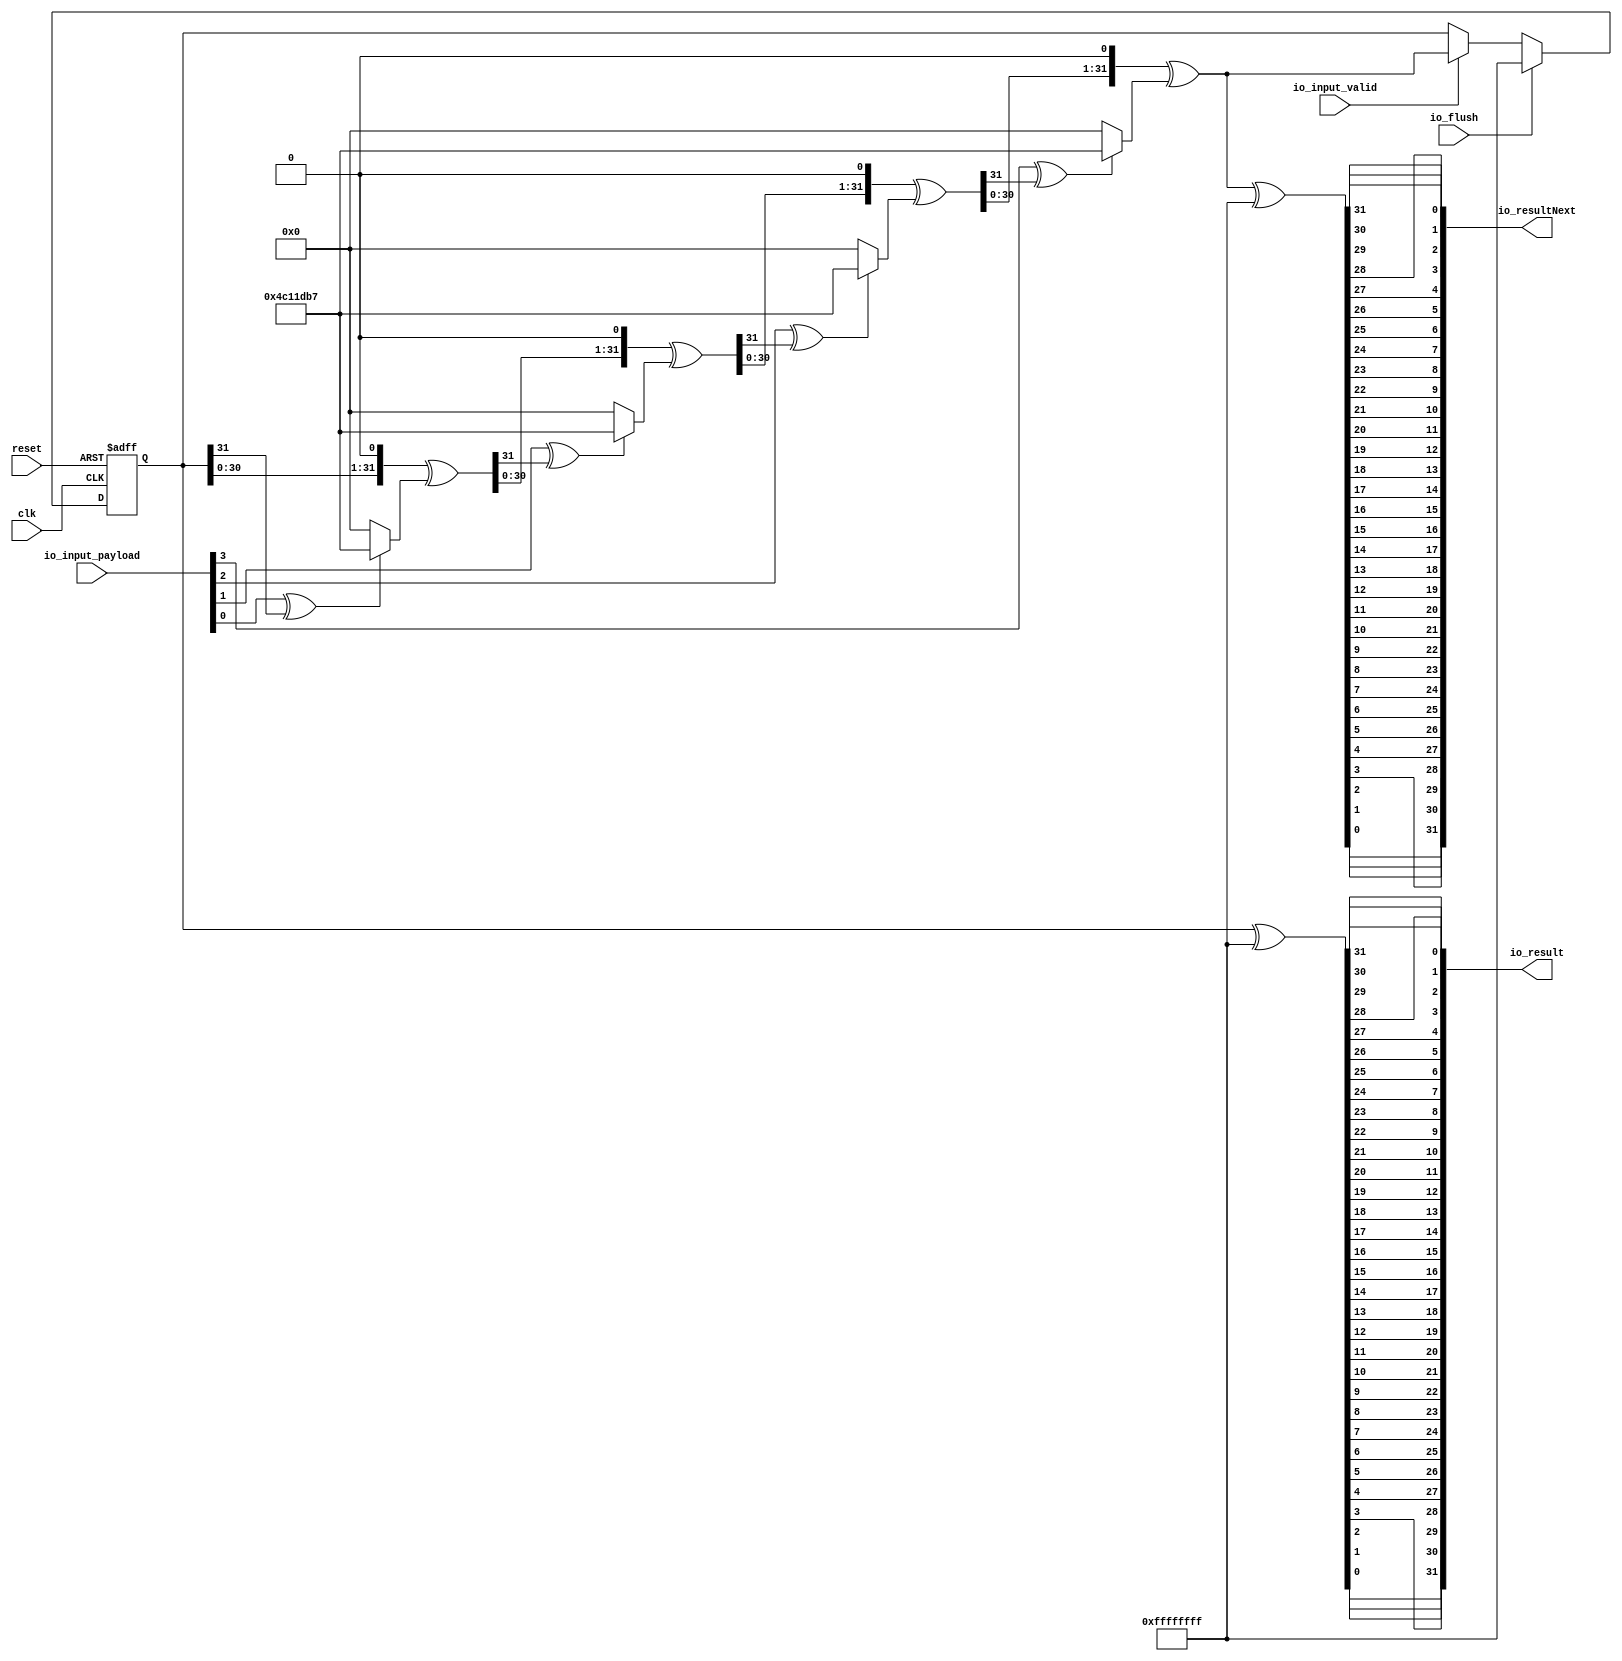
// Generator : SpinalHDL v1.4.3    git head : adf552d8f500e7419fff395b7049228e4bc5de26
// Component : Crc
// Git hash  : adf552d8f500e7419fff395b7049228e4bc5de26



module Crc (
  input               io_flush,
  input               io_input_valid,
  input      [3:0]    io_input_payload,
  output     [31:0]   io_result,
  output     [31:0]   io_resultNext,
  input               clk,
  input               reset
);
  wire       [31:0]   _zz_1;
  wire       [31:0]   _zz_2;
  wire       [31:0]   _zz_3;
  wire       [31:0]   _zz_4;
  wire                _zz_5;
  wire       [0:0]    _zz_6;
  wire       [20:0]   _zz_7;
  wire                _zz_8;
  wire       [0:0]    _zz_9;
  wire       [9:0]    _zz_10;
  wire                _zz_11;
  wire       [0:0]    _zz_12;
  wire       [20:0]   _zz_13;
  wire                _zz_14;
  wire       [0:0]    _zz_15;
  wire       [9:0]    _zz_16;
  reg        [31:0]   state_4;
  reg        [31:0]   state_3;
  reg        [31:0]   state_2;
  reg        [31:0]   state_1;
  reg        [31:0]   state;
  wire       [31:0]   stateXor;
  wire       [31:0]   accXor;

  assign _zz_1 = (state <<< 1);
  assign _zz_2 = (state_1 <<< 1);
  assign _zz_3 = (state_2 <<< 1);
  assign _zz_4 = (state_3 <<< 1);
  assign _zz_5 = stateXor[9];
  assign _zz_6 = stateXor[10];
  assign _zz_7 = {stateXor[11],{stateXor[12],{stateXor[13],{stateXor[14],{stateXor[15],{stateXor[16],{stateXor[17],{stateXor[18],{stateXor[19],{_zz_8,{_zz_9,_zz_10}}}}}}}}}}};
  assign _zz_8 = stateXor[20];
  assign _zz_9 = stateXor[21];
  assign _zz_10 = {stateXor[22],{stateXor[23],{stateXor[24],{stateXor[25],{stateXor[26],{stateXor[27],{stateXor[28],{stateXor[29],{stateXor[30],stateXor[31]}}}}}}}}};
  assign _zz_11 = accXor[9];
  assign _zz_12 = accXor[10];
  assign _zz_13 = {accXor[11],{accXor[12],{accXor[13],{accXor[14],{accXor[15],{accXor[16],{accXor[17],{accXor[18],{accXor[19],{_zz_14,{_zz_15,_zz_16}}}}}}}}}}};
  assign _zz_14 = accXor[20];
  assign _zz_15 = accXor[21];
  assign _zz_16 = {accXor[22],{accXor[23],{accXor[24],{accXor[25],{accXor[26],{accXor[27],{accXor[28],{accXor[29],{accXor[30],accXor[31]}}}}}}}}};
  always @ (*) begin
    state_4 = state_3;
    state_4 = (_zz_4 ^ ((io_input_payload[3] ^ state_3[31]) ? 32'h04c11db7 : 32'h0));
  end

  always @ (*) begin
    state_3 = state_2;
    state_3 = (_zz_3 ^ ((io_input_payload[2] ^ state_2[31]) ? 32'h04c11db7 : 32'h0));
  end

  always @ (*) begin
    state_2 = state_1;
    state_2 = (_zz_2 ^ ((io_input_payload[1] ^ state_1[31]) ? 32'h04c11db7 : 32'h0));
  end

  always @ (*) begin
    state_1 = state;
    state_1 = (_zz_1 ^ ((io_input_payload[0] ^ state[31]) ? 32'h04c11db7 : 32'h0));
  end

  assign stateXor = (state ^ 32'hffffffff);
  assign accXor = (state_4 ^ 32'hffffffff);
  assign io_result = {stateXor[0],{stateXor[1],{stateXor[2],{stateXor[3],{stateXor[4],{stateXor[5],{stateXor[6],{stateXor[7],{stateXor[8],{_zz_5,{_zz_6,_zz_7}}}}}}}}}}};
  assign io_resultNext = {accXor[0],{accXor[1],{accXor[2],{accXor[3],{accXor[4],{accXor[5],{accXor[6],{accXor[7],{accXor[8],{_zz_11,{_zz_12,_zz_13}}}}}}}}}}};
  always @ (posedge clk or posedge reset) begin
    if (reset) begin
      state <= 32'hffffffff;
    end else begin
      if(io_input_valid)begin
        state <= state_4;
      end
      if(io_flush)begin
        state <= 32'hffffffff;
      end
    end
  end


endmodule